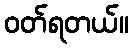
ဝတ်ရတယ်။